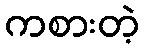
ကစားတဲ့